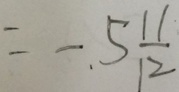
= - 5 \frac { 1 1 } { 1 2 }